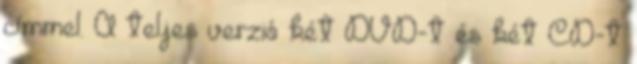
címmel. A teljes verzió két DVD-t és két CD-t